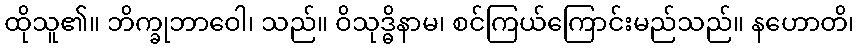
ထိုသူ၏။ ဘိက္ခုဘာဝေါ၊ သည်။ ဝိသုဒ္ဓိနာမ၊ စင်ကြယ်ကြောင်းမည်သည်။ နဟောတိ၊